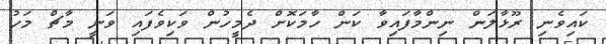
ކައިވެނި ރޫޅާލަން ނިންމާފައިވާ ކަން ހާމަކޮށް ދެމީހުން ވަކިވެފައި ވަނީ މާޗް މަހު